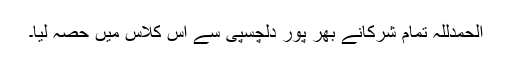
الحمدللہ تمام شرکانے بھر پور دلچسپی سے اس کلاس میں حصہ لیا۔